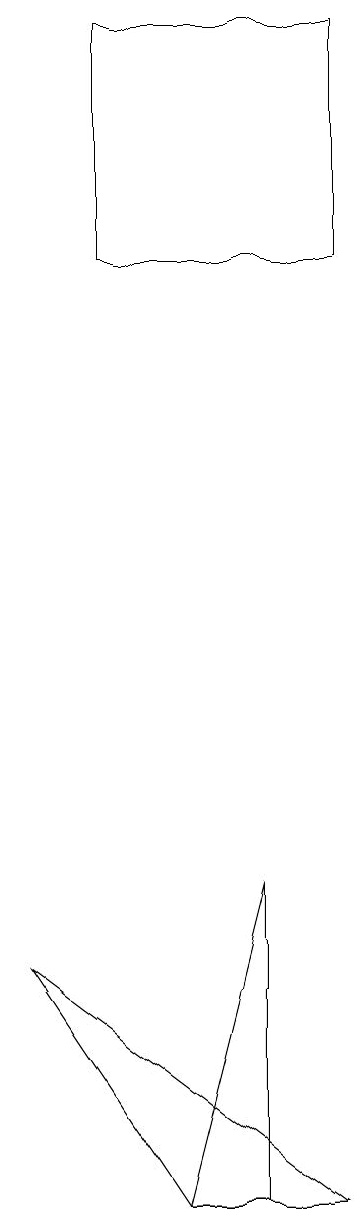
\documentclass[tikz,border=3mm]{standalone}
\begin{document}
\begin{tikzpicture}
\draw (2,4) -- (0,7) -- (4,4) -- cycle;
\draw (1,19) rectangle (4,16);
\draw (3,4) -- (2,4) -- (3,8) -- cycle;
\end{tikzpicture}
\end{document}